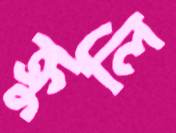
ক্রুলি